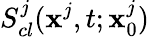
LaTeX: S_{cl}^{j}(\textbf{x}^{j},t;\textbf{x}_{0}^{j})